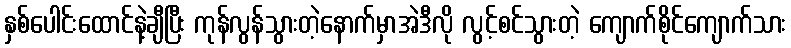
နှစ်ပေါင်းထောင်နဲ့ချီပြီး ကုန်လွန်သွားတဲ့နောက်မှာအဲဒီလို လွင့်စင်သွားတဲ့ ကျောက်စိုင်ကျောက်သား